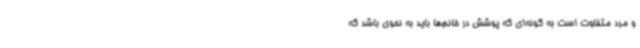
و مرد متفاوت است به گونه‌ای که پوشش در خانم‌ها باید به نحوی باشد که